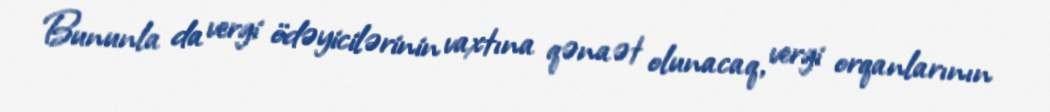
Bununla da vergi ödəyicilərinin vaxtına qənaət olunacaq, vergi orqanlarının